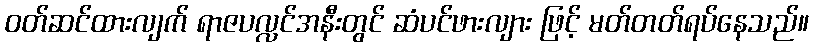
ဝတ်ဆင်ထားလျက် ရာဇပလ္လင်အနီးတွင် ဆံပင်ဖားလျား ဖြင့် မတ်တတ်ရပ်နေသည်။